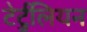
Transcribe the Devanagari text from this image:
टेर्टुलियन